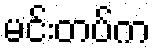
မင်းတပ်က